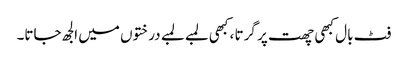
فٹ بال کبھی چھت پر گرتا ، کبھی لمبے لمبے درختوں میں الجھ جاتا۔